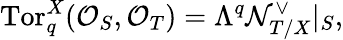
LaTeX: \mathrm{Tor}_{q}^{X}({\cal O}_{S},{\cal O}_{T})=\Lambda^{q}{\cal N}_{T/X}^{\vee}|_{S},